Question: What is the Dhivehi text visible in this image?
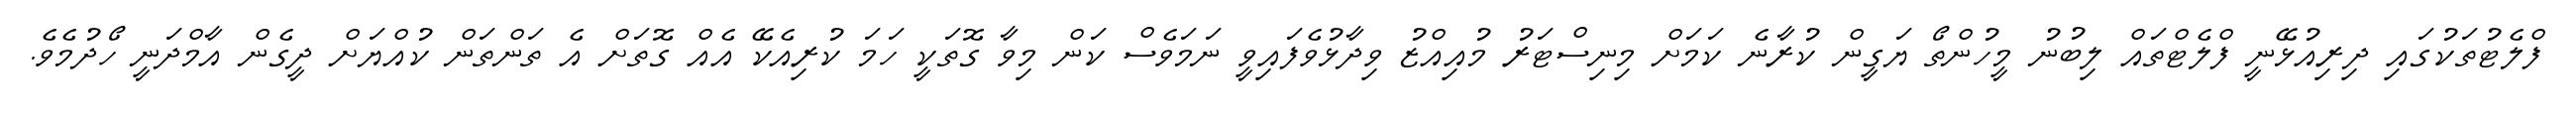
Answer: ފްލެޓުތަކުގައި ދިރިއުޅޭނީ ފްލެޓްތައް ލިބުނު މީހުންތޯ ޔަގީން ކުރާނެ ކަމަށް މިނިސްޓަރު މުއިއްޒު ވިދާޅުވެފައިވީ ނަމަވެސް ކަން މިވާ ގޮތަކީ ހަމަ ކުރިއެކޭ އެއް ގޮތަށް އެ ތަންތަން ކުއްޔަށް ދީގެން އާމްދަނީ ހޯދުމެވެ.